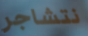
نتشاجر